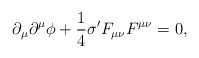
\begin{align*}\partial_{\mu } \partial^{\mu } \phi + \frac{1}{4} \sigma' F_{\mu \nu } F^{\mu \nu}=0,\end{align*}